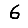
Digit: 6